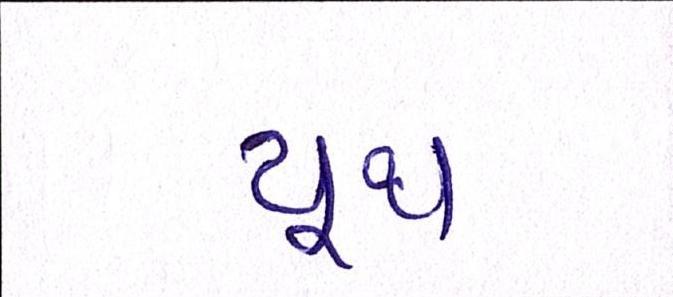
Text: યૂથ